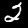
Digit: 2